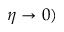
\eta \rightarrow 0 )